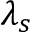
\lambda _ { s }